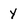
Character: y